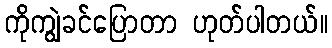
ကိုကျွဲခင်ပြောတာ ဟုတ်ပါတယ်။